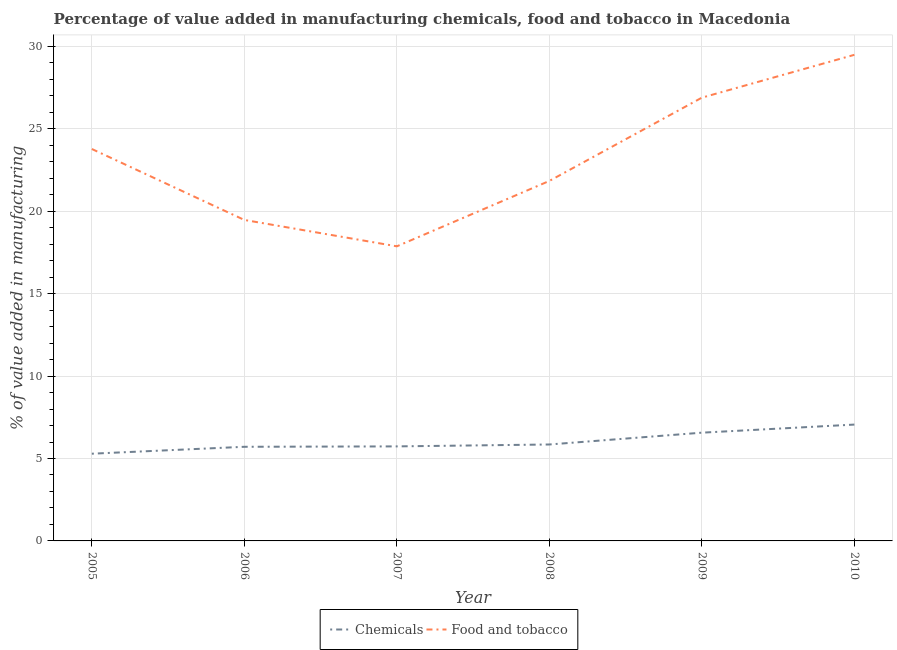
| Year | Chemicals | Food and tobacco |
 | --- | --- | --- |
 | 2005 | 5.29 | 23.8 |
 | 2006 | 5.71 | 19.5 |
 | 2007 | 5.73 | 17.9 |
 | 2008 | 5.85 | 21.8 |
 | 2009 | 6.57 | 26.9 |
 | 2010 | 7.06 | 29.5 |